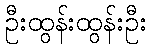
ဦးထွန်းထွန်းဦး